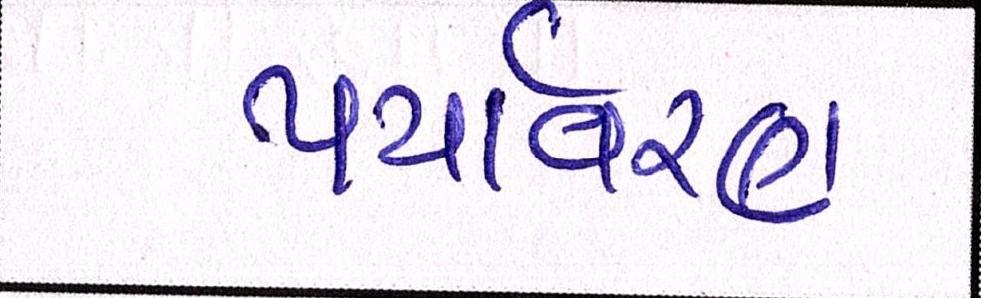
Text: પયર્વિરણ